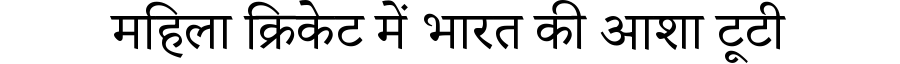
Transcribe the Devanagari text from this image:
महिला क्रिकेट में भारत की आशा टूटी